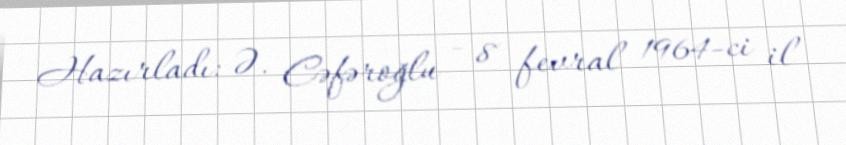
Hazırladı: Ə. Cəfəroğlu - 8 fevral 1964-ci il